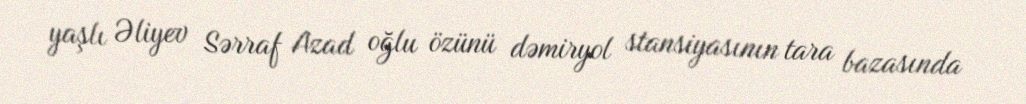
yaşlı Əliyev Sərraf Azad oğlu özünü dəmiryol stansiyasının tara bazasında